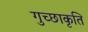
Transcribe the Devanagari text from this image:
गुच्छाकृति